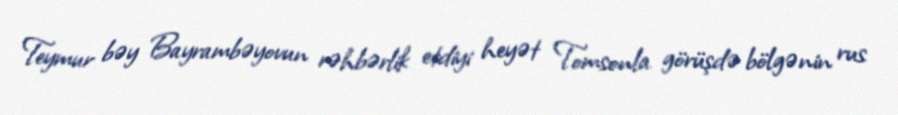
Teymur bəy Bayrambəyovun rəhbərlik etdiyi heyət Tomsonla görüşdə bölgənin rus